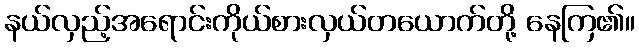
နယ်လှည့်အရောင်းကိုယ်စားလှယ်တယောက်တို့ နေကြ၏။